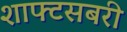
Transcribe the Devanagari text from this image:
शाफ्टसबरी